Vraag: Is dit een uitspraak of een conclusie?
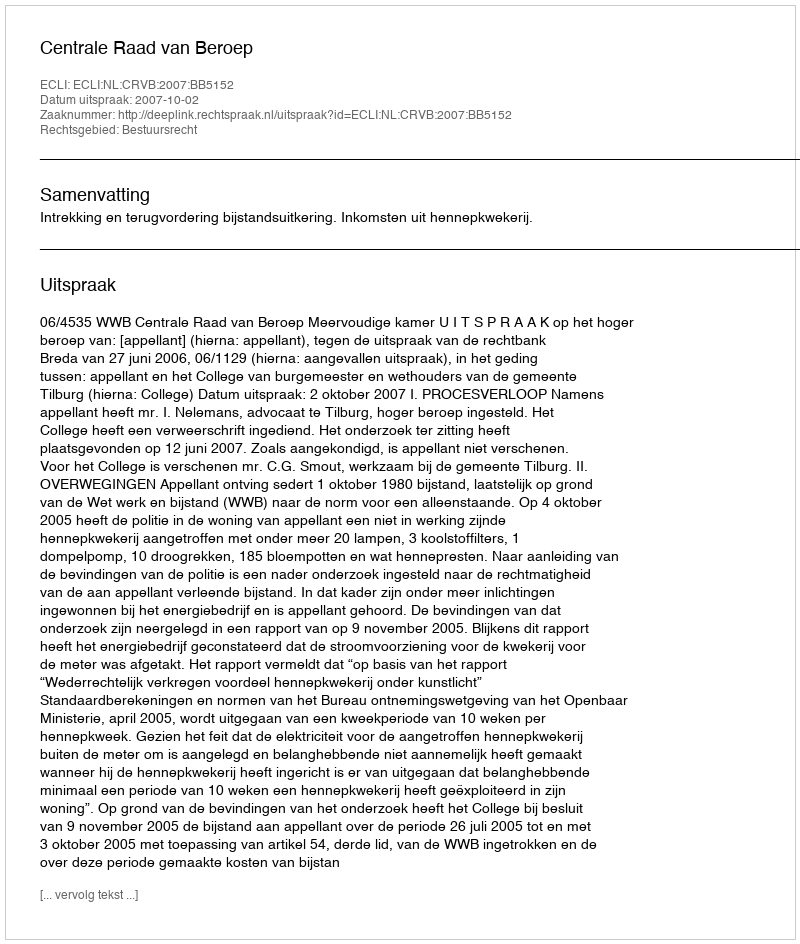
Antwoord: Uitspraak